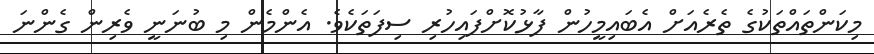
މިކަންތައްތަކުގެ ތެރެއަށް އެބައިމީހުން ފާޅުކޮށްފައިހުރި ސިފަތަކެވެ. އެންމެން މި ބުނަނީ ވެރިން ގެންނަ